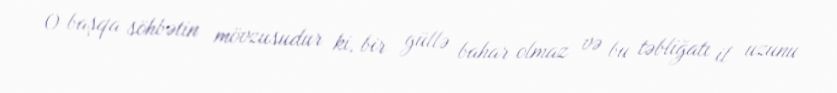
O başqa söhbətin mövzusudur ki, bir güllə bahar olmaz və bu təbliğatı il uzunu